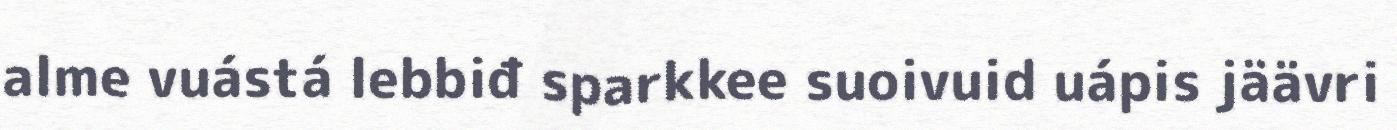
alme vuástá lebbiđ sparkkee suoivuid uápis jäävri